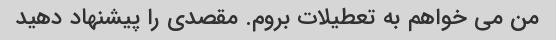
من می خواهم به تعطیلات بروم. مقصدی را پیشنهاد دهید